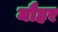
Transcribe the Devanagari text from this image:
मौहर